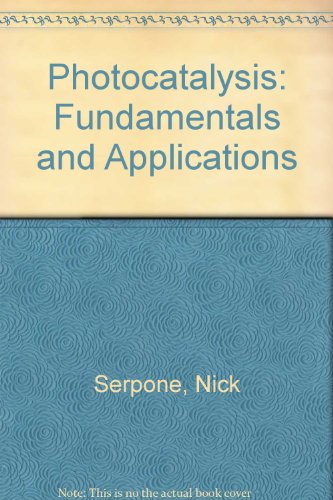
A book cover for Photocatalysis: Fundamentals and Applications; Nick Serpone; Science & Math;